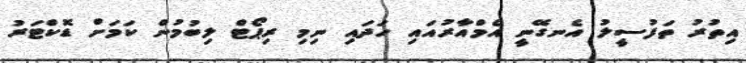
އިތުރު ތަފުސީލު އެނގޭނީ އެމްއާރުއައި ހަދައި ނިމި ރިޕޯޓް ލިބުމުން ކަމަށް ޑޮކްޓަރު